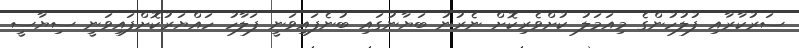
ސަރުކާރާއި ފުލުހުންގެ މިއަމަލު ކުށްވެރިކޮށް ނެރުނު ބަޔާނުގައި ބުނެފައިވަނީ ފަލާހު ހައްޔަރުކޮށްފައިވަނީ ސިޔާސީ